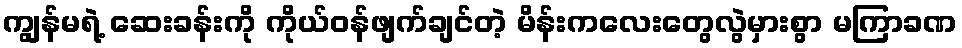
ကျွန်မရဲ့ ဆေးခန်းကို ကိုယ်ဝန်ဖျက်ချင်တဲ့ မိန်းကလေးတွေလွဲမှားစွာ မကြာခဏ